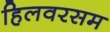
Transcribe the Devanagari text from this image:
हिलवरसम